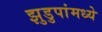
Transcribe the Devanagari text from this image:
झुडुपांमध्ये